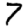
Digit: 7